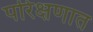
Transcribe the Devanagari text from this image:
परिक्षणात